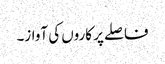
فاصلے پر کاروں کی آواز۔